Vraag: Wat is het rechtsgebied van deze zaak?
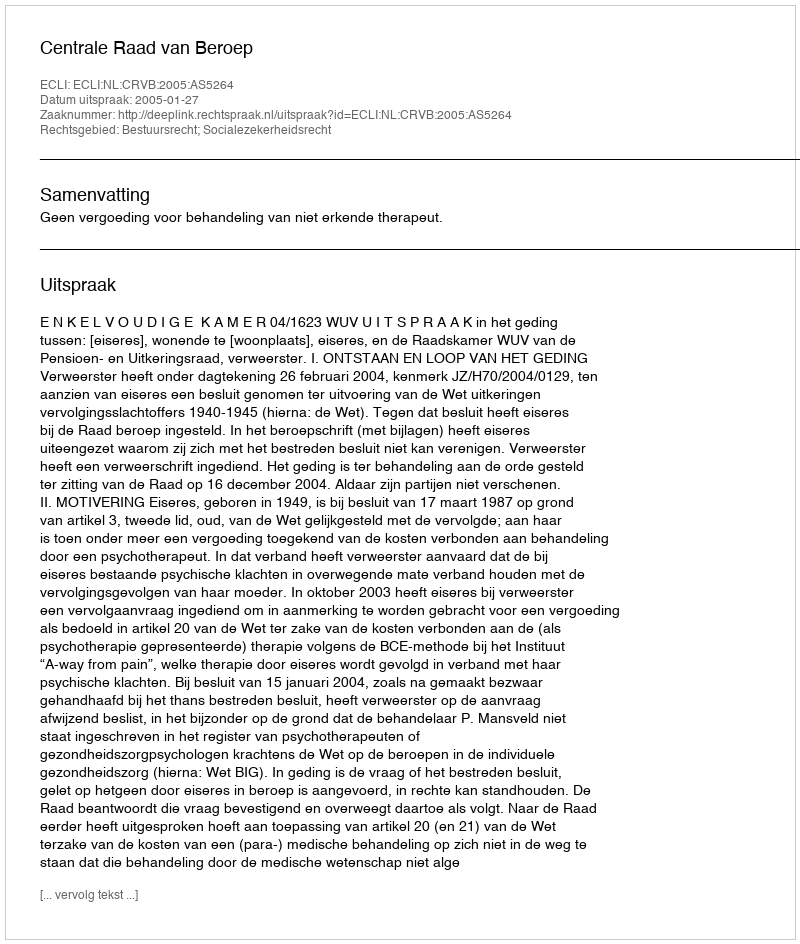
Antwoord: Bestuursrecht; Socialezekerheidsrecht